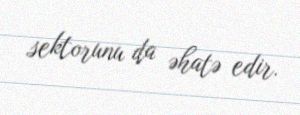
sektorunu da əhatə edir.